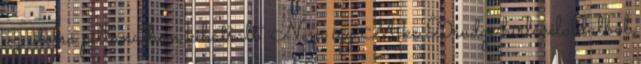
az utolsó pillanatban kihátrált. Nem így Mike Drudge hírlevéloldalból